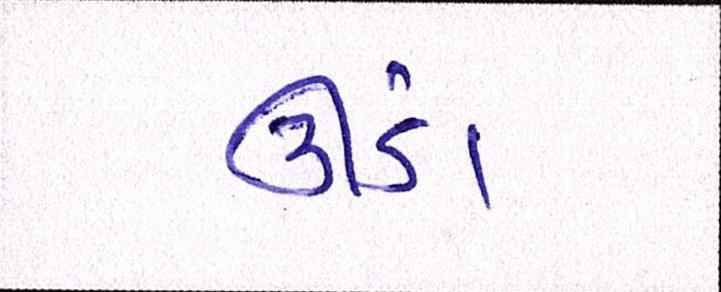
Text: ઊંડા